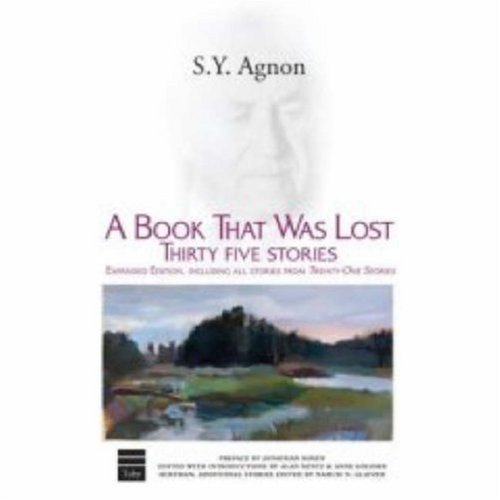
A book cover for A Book That Was Lost: Thirty Five Stories (Hebrew Classics); S. Y. Agnon; Literature & Fiction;